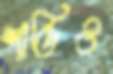
শান্তিও